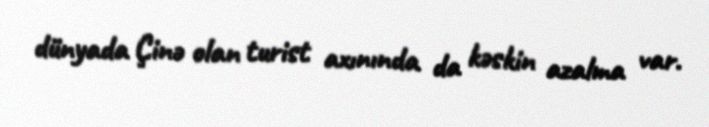
dünyada Çinə olan turist axınında da kəskin azalma var.